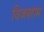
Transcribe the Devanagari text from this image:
विजयराम